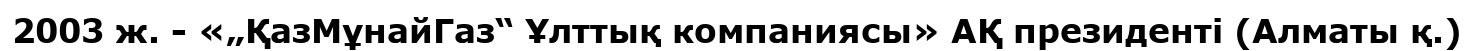
2003 ж. - «„ҚазМұнайГаз“ Ұлттық компаниясы» АҚ президенті (Алматы қ.)